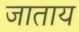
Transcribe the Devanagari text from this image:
जाताय